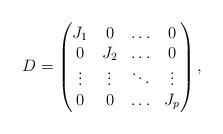
LaTeX: \begin{align*}D=\left(\begin{matrix}J_1 & 0 & \ldots & 0 \\0 & J_2 & \ldots & 0 \\\vdots & \vdots & \ddots & \vdots \\0 & 0 & \ldots & J_p \end{matrix}\right),\end{align*}